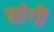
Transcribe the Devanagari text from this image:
सांगी